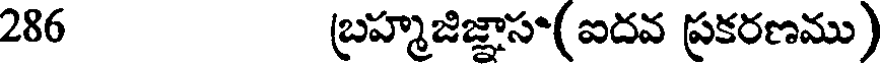
286 బ్రహ్మజిజ్ఞాసా(ఐదవ ప్రకరణము)